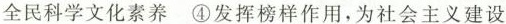
全民科学文化素养④发挥榜样作用，为社会主义建设